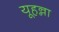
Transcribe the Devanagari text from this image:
यूहन्ना